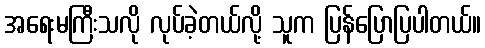
အရေးမကြီးသလို လုပ်ခဲ့တယ်လို့ သူက ပြန်ပြောပြပါတယ်။